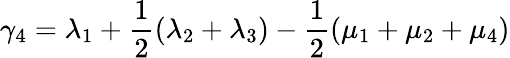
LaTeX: \gamma_{4}=\lambda_{1}+\frac{1}{2}(\lambda_{2}+\lambda_{3})-\frac{1}{2}(\mu_{1}+\mu_{2}+\mu_{4})